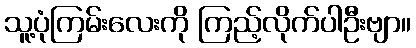
သူ့ပုံကြမ်းလေးကို ကြည့်လိုက်ပါဦးဗျာ။